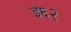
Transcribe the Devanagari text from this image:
इ६२